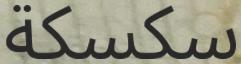
سكسكة